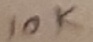
Text: 10K